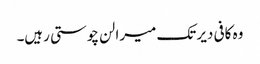
وہ کافی دیر تک میرا لن چوستی رہیں۔